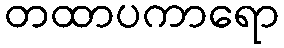
တထာပကာရော